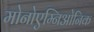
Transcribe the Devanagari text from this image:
मोनोएम्निओनिक